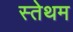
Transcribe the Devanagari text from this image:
स्तेथम